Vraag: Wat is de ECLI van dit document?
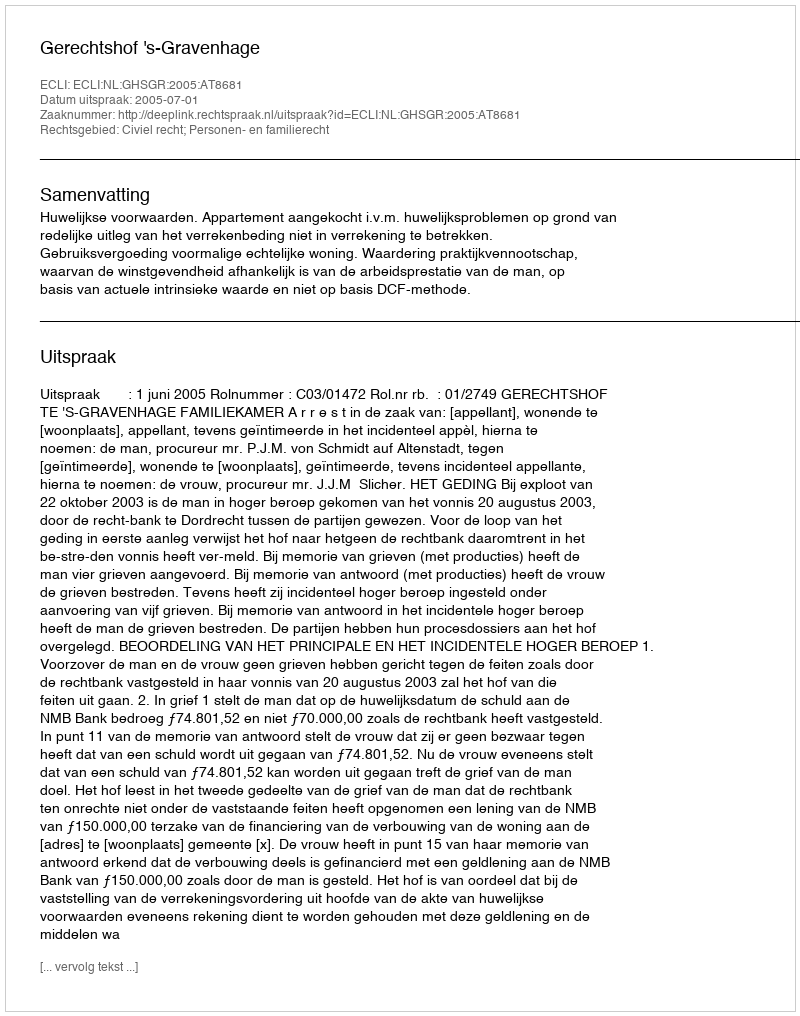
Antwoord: ECLI:NL:GHSGR:2005:AT8681